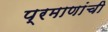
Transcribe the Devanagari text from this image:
प्रमाणांची